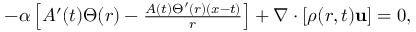
\begin{array} { r } { - \alpha \left[ A ^ { \prime } ( t ) \Theta ( r ) - \frac { A ( t ) \Theta ^ { \prime } ( r ) ( x - t ) } { r } \right] + \nabla \cdot [ \rho ( r , t ) \mathbf { u } ] = 0 , } \end{array}